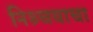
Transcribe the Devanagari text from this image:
निश्र्चयाचा